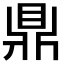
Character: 鼎